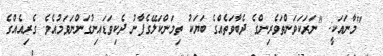
"މާނައަކީ: "ނަރަކަވަންތަވެރިންގެ ދެބާވަތެއްގެ ބަޔަކު ތިމަންކަލޭގެފާނު ދެކިވަޑައިނުގަންނަވަމުއެވެ. ގެރިއެއްގެ